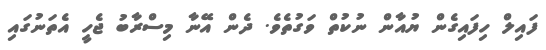
ފައިލް ހިފައިގެން ޔުއާން ނުކުތް ވަގުތެވެ. ދެން އޭނާ މިސްރާބު ޖެހީ އެތަނުގައި